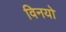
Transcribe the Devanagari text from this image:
विनयो